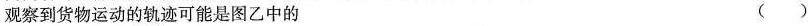
观察到货物运动的轨迹可能是图乙中的 ()